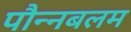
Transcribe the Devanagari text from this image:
पौन्नबलम